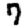
Digit: 7